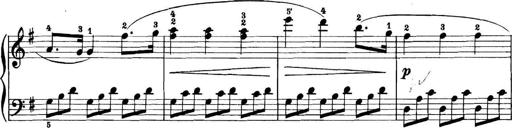
Title: 11 Sonatinas
Composer: Anton Diabelli